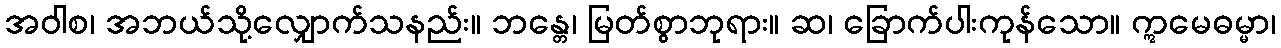
အဝါစ၊ အဘယ်သို့လျှောက်သနည်း။ ဘန္တေ၊ မြတ်စွာဘုရား။ ဆ၊ ခြောက်ပါးကုန်သော။ ဣမေဓမ္မာ၊